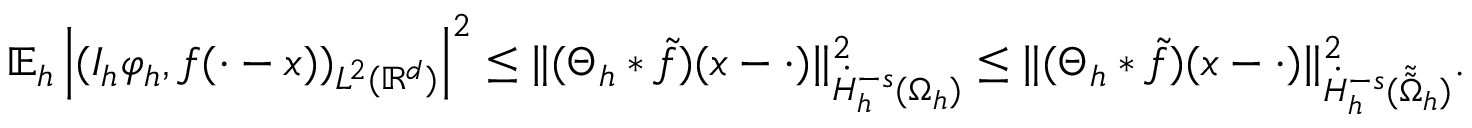
\mathbb { E } _ { h } \left| ( I _ { h } \varphi _ { h } , f ( \cdot - x ) ) _ { L ^ { 2 } ( \mathbb { R } ^ { d } ) } \right| ^ { 2 } \le \| ( \Theta _ { h } * \tilde { f } ) ( x - \cdot ) \| _ { \dot { H } _ { h } ^ { - s } ( \Omega _ { h } ) } ^ { 2 } \le \| ( \Theta _ { h } * \tilde { f } ) ( x - \cdot ) \| _ { \dot { H } _ { h } ^ { - s } ( \tilde { \tilde { \Omega } } _ { h } ) } ^ { 2 } .